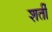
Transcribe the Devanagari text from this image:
शर्ती